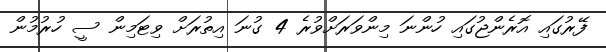
ފޭރުގައި އޮރެންޖުގައި ހުންނަ މިންވަރަށްވުރެ 4 ގުނަ އިތުރަށް ވިޓަމިން ސީ ހުރުމުން